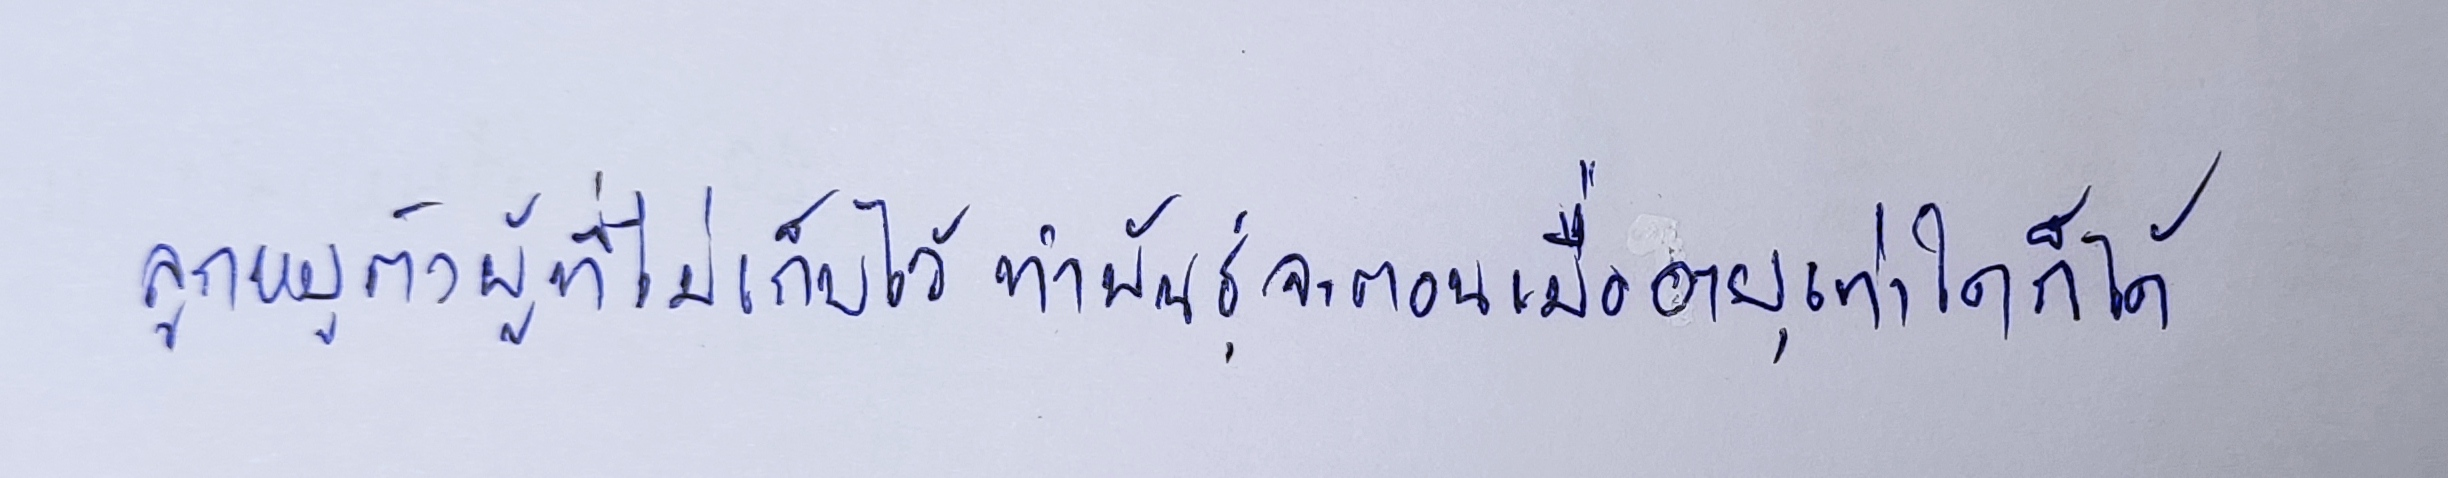
ลูกหมูตัวผู้ที่ไม่เก็บไว้ทำพันธุ์จะตอนเมื่ออายุเท่าใดก็ได้